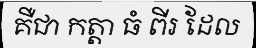
គឺជា កត្តា ធំ ពីរ ដែល